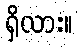
ရှိလား။